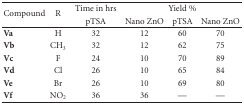
<table><thead><tr><td rowspan="2"><b>Compound</b></td><td rowspan="2"><b>R</b></td><td><b>Time in hrs</b></td><td colspan="3"><b>Yield %</b></td></tr><tr><td><b>pTSA</b></td><td><b>Nano ZnO</b></td><td><b>pTSA</b></td><td><b>Nano ZnO</b></td></tr></thead><tbody><tr><td><b>Va</b></td><td>H</td><td>32</td><td>12</td><td>60</td><td>70</td></tr><tr><td><b>Vb</b></td><td>CH<sub>3</sub></td><td>32</td><td>12</td><td>62</td><td>75</td></tr><tr><td><b>Vc</b></td><td>F</td><td>24</td><td>10</td><td>70</td><td>89</td></tr><tr><td><b>Vd</b></td><td>Cl</td><td>26</td><td>10</td><td>65</td><td>84</td></tr><tr><td><b>Ve</b></td><td>Br</td><td>26</td><td>10</td><td>69</td><td>80</td></tr><tr><td><b>Vf</b></td><td>NO<sub>2</sub></td><td>36</td><td>36</td><td>—</td><td>—</td></tr></tbody></table>